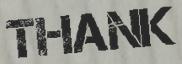
THANK